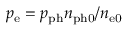
p _ { \mathrm { e } } = p _ { \mathrm { p h } } n _ { \mathrm { p h 0 } } / n _ { \mathrm { e 0 } }